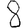
Digit: 8